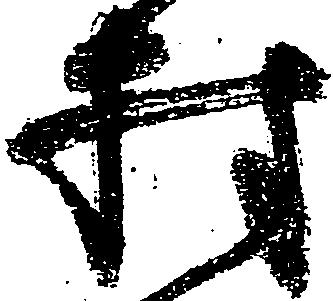
村